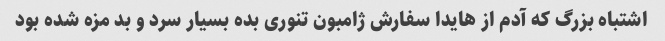
اشتباه بزرگ که آدم از هایدا سفارش ژامبون تنوری بده بسیار سرد و بد مزه شده بود